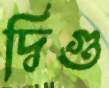
দ্বিগু